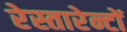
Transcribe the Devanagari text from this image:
रेस्तारेन्टों